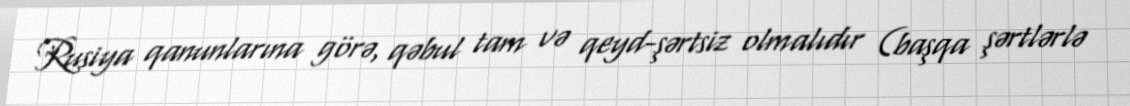
Rusiya qanunlarına görə, qəbul tam və qeyd-şərtsiz olmalıdır (başqa şərtlərlə